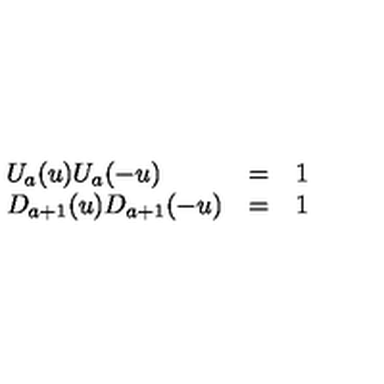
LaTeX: \begin{array} { l l l } { U _ { a } ( u ) U _ { a } ( - u ) } & { = } & { 1 } \\ { D _ { a + 1 } ( u ) D _ { a + 1 } ( - u ) } & { = } & { 1 } \\ \end{array}